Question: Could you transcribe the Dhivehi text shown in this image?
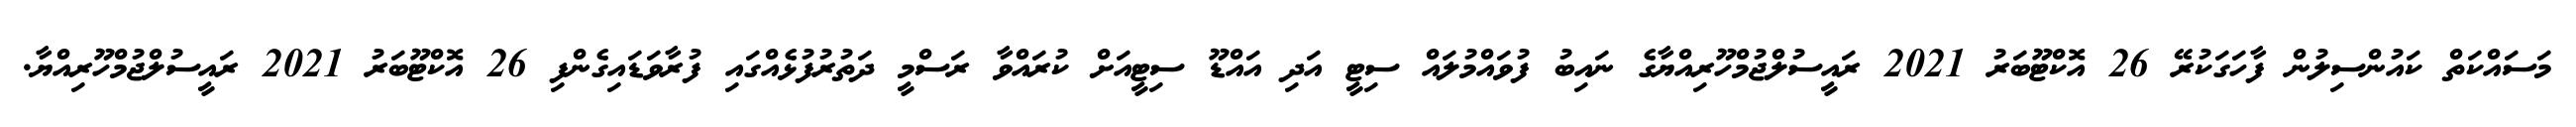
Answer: މަސައްކަތް ކައުންސިލުން ފާހަގަކުރޭ 26 އޮކްޓޫބަރު 2021 ރައީސުލްޖުމްހޫރިއްޔާގެ ނައިބު ފުވައްމުލައް ސިޓީ އަދި އައްޑޫ ސިޓީއަށް ކުރައްވާ ރަސްމީ ދަތުރުފުޅެއްގައި ފުރާވަޑައިގެންފި 26 އޮކްޓޫބަރު 2021 ރައީސުލްޖުމްހޫރިއްޔާ.